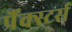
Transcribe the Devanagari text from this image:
प्रैंक्स्टर्स